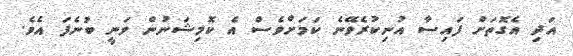
އަދި އެގޮތަށް ފައިސާ އުނިކުރެވޭނެ ކަމަށްވެސް އެ ކޮމިޝަނުން ވަނީ ބުނެފަ އެވެ.